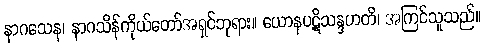
နာဂသေန၊ နာဂသိန်ကိုယ်တော်အရှင်ဘုရား။ ယောနပဋိသန္ဒဟတိ၊ အကြင်သူသည်။